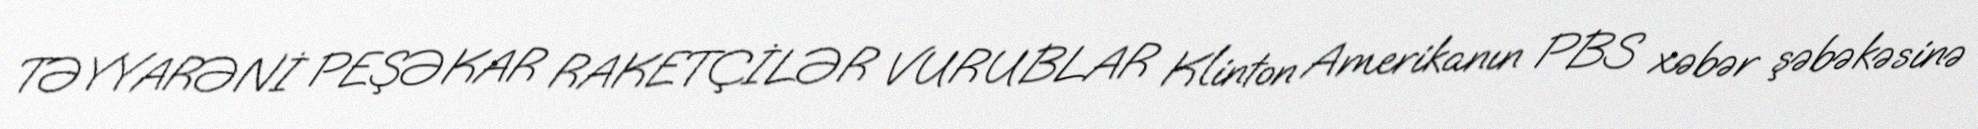
TƏYYARƏNİ PEŞƏKAR RAKETÇİLƏR VURUBLAR Klinton Amerikanın PBS xəbər şəbəkəsinə